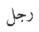
رجل